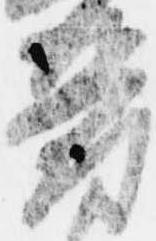
鬱